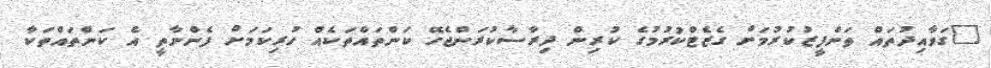
"ގަވާއިދުތައް ތަންފީޒުކުރުމަށް ގެޒެޓްކުރުމުގެ ކުރިން ދިރާސާކުރަންޖެހޭ ކަންތައްތަކެއް ހުރިކަމަށް ފެންނާތީ އެ ކަންތައްތަކާ